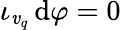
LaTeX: \iota_{\mathit{v}_{q}}\, \mathrm{{d}}\varphi=0